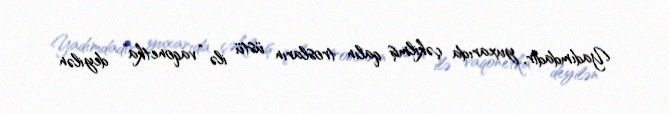
Yadımdadır, yuxarıda çəkilmiş qalın trosların üstü ilə “vaqonetka” deyilən